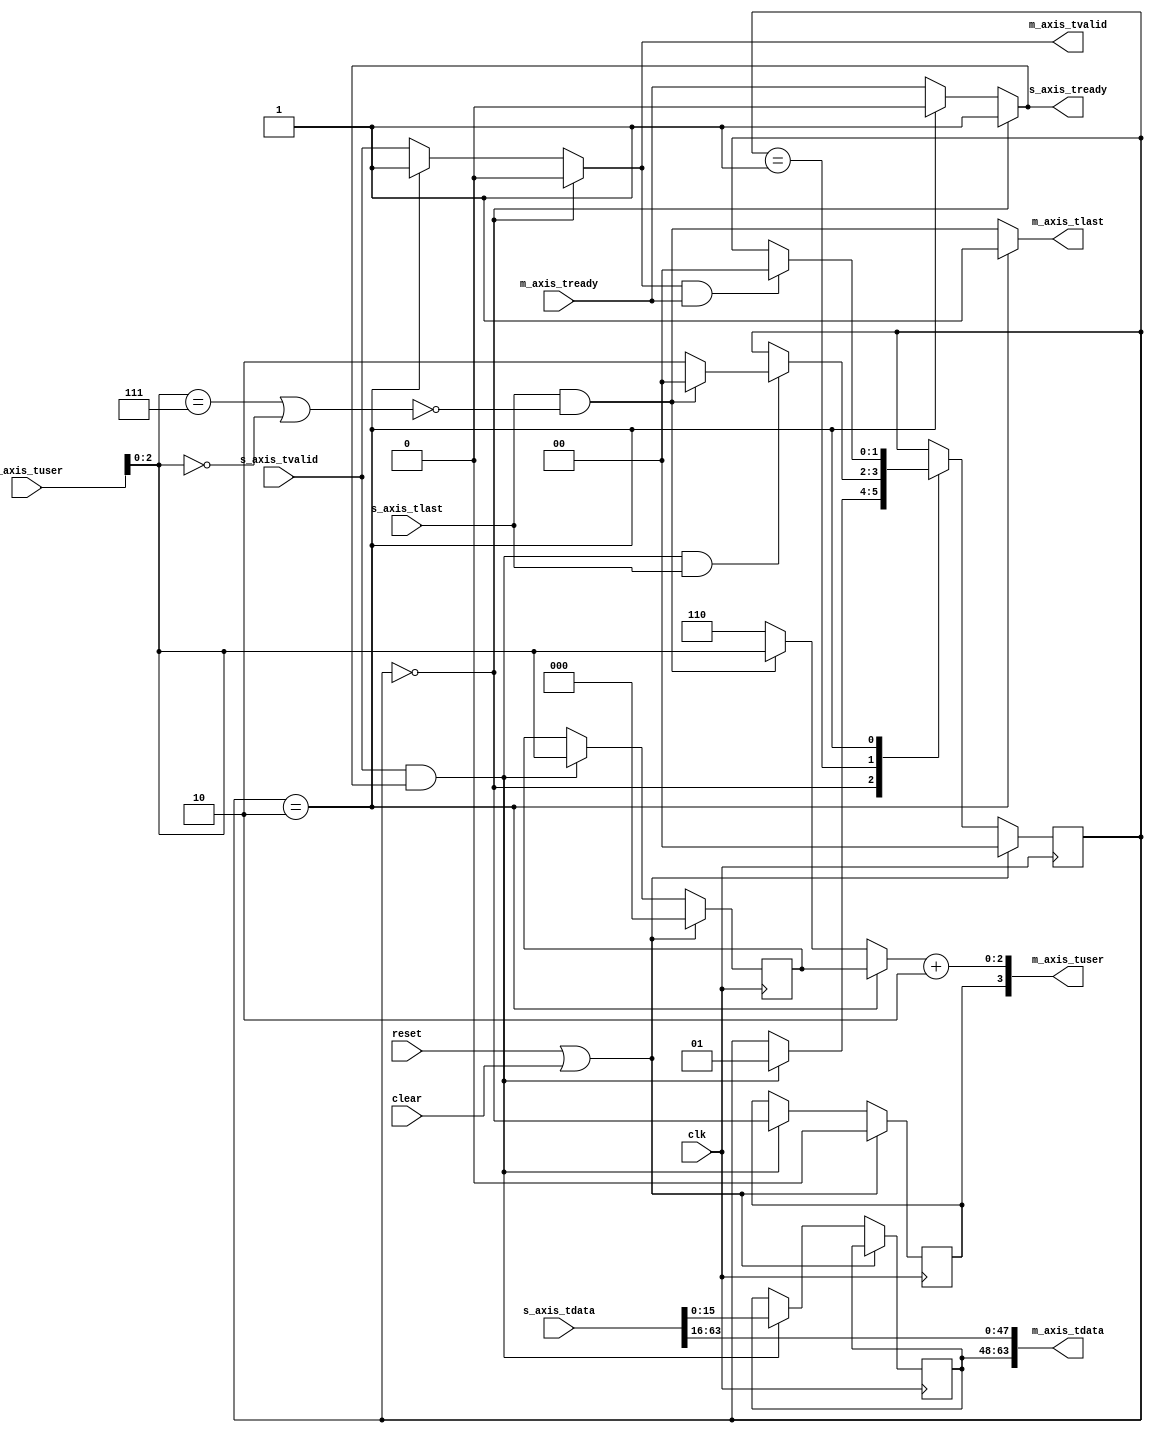
//
// Copyright 2013 Ettus Research LLC
// Copyright 2018 Ettus Research, a National Instruments Company
//
// SPDX-License-Identifier: LGPL-3.0-or-later
//


//
// Removes 6 alignment bytes at the beginning of every packet.
// This gives us proper alignment to the IP/UDP header.
//
// Place an SOF indication in bit[3] of the output tuser.
//

module axi64_to_xge64
  (
   input clk,
   input reset,
   input clear,
   input [63:0] s_axis_tdata,
   input [3:0] s_axis_tuser,
   input s_axis_tlast,
   input s_axis_tvalid,
   output s_axis_tready,
   output [63:0] m_axis_tdata,
   output [3:0] m_axis_tuser,
   output m_axis_tlast,
   output m_axis_tvalid,
   input m_axis_tready
   );

   localparam STORE_FIRST = 0;
   localparam FORWARD_FULL = 1;
   localparam RELEASE_LAST = 2;

   reg [1:0] state;
   reg [15:0] saved;
   reg [2:0]  last_occ;
   reg 	      last_sof;

   //on last line when eof and not finishing with 7 or 8 bytes as last word.
   wire       last_line = (s_axis_tlast && !(s_axis_tuser[2:0] == 3'b111 || s_axis_tuser[2:0] == 3'b000));

   always @(posedge clk) begin
      if(reset | clear) begin
         last_sof <= 0;
         last_occ <= 0;
         state <= STORE_FIRST;
      end
      else begin
         if (s_axis_tvalid && s_axis_tready) begin
            saved <= s_axis_tdata[15:0];
            last_occ <= s_axis_tuser[2:0];
            last_sof <= (state == STORE_FIRST) ;
         end

         case(state)

           STORE_FIRST: begin
              if (s_axis_tvalid && s_axis_tready) begin
                 state <= FORWARD_FULL;
              end
           end

           FORWARD_FULL: begin
              if (s_axis_tvalid && s_axis_tready && s_axis_tlast) begin
                 state <= last_line? STORE_FIRST : RELEASE_LAST;
              end
           end

           RELEASE_LAST: begin
              if (m_axis_tvalid && m_axis_tready) begin
                 state <= STORE_FIRST;
              end
           end

         endcase //state
      end
   end

   assign m_axis_tdata[63:0] = {saved, s_axis_tdata[63:16]};
   assign m_axis_tuser[3] = last_sof;
   assign m_axis_tlast = (state == RELEASE_LAST)? 1'b1 : last_line;
   assign m_axis_tuser[2:0] = ((state == RELEASE_LAST)? last_occ : (last_line? s_axis_tuser[2:0] : 3'b110)) + 3'b010;
   assign m_axis_tvalid = (state == STORE_FIRST)? 0 : ((state == RELEASE_LAST)? 1 : s_axis_tvalid);
   assign s_axis_tready = (state == STORE_FIRST)? 1 : ((state == RELEASE_LAST)? 0 : m_axis_tready);

endmodule //fifo69_txrealign